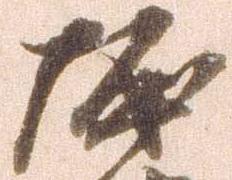
堀